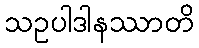
သဥပါဒါနဿာတိ